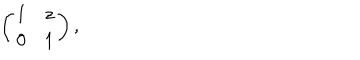
LaTeX: \left( \begin{array} { c c } { { 1 } } & { { z } } \\ { { 0 } } & { { 1 } } \\ \end{array} \right) ,